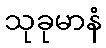
သုခုမာနံ